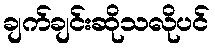
ချက်ချင်းဆိုသလိုပင်